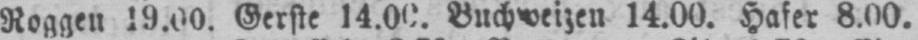
14.00. Hafer 8.00.